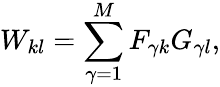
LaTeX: W_{kl}=\sum_{\gamma=1}^{M}F_{\gamma k}G_{\gamma l},